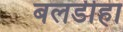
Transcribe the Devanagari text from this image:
बलडीहा